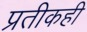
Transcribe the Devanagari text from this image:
प्रतीकही